Indian journal of veterinary science and animal husbandry - Volume 13,
Year: 1943
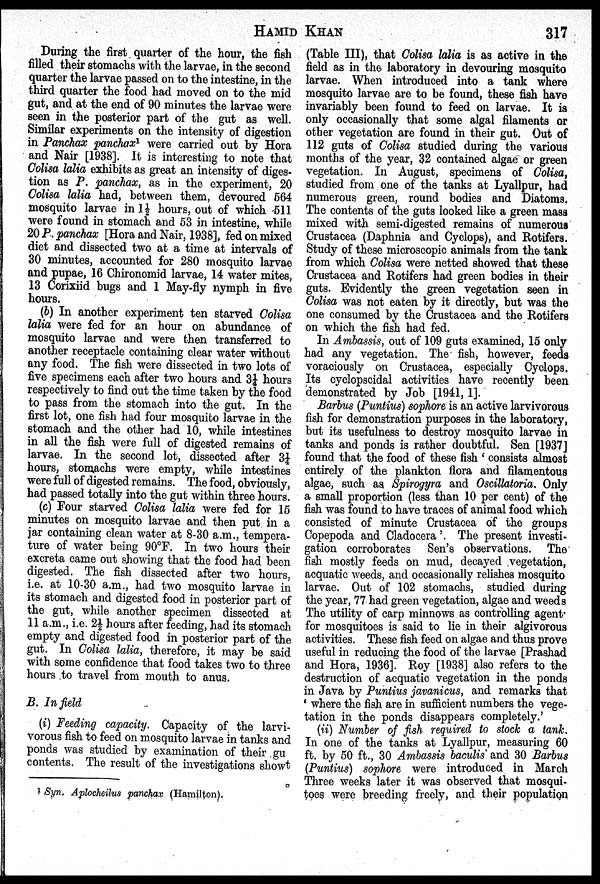
HAMID
KHAN
317
During the first quarter of the hour, the fish
filled their stomachs with the larvae, in the second
quarter the larvae passed on to the intestine, in the
third quarter the food had moved on to the mid
gut, and at the end of 90 minutes the larvae were
seen in the posterior part of the gut as well.
Similar experiments on the intensity of digestion
in Panchax panchax 1 were carried out by Hora
and Nair [1938]. It is interesting to note that
Colisa lalia exhibits as great an intensity of diges-
tion as P. panchax, as in the experiment, 20
Colisa lalia had, between them, devoured 564
mosquito larvae in 1½ hours, out of which 511
were found in stomach and 53 in intestine, while
20 P. panchax [Hora and Nair, 1938], fed on mixed
diet and dissected two at a time at intervals of
30 minutes, accounted for 280 mosquito larvae
and pupae, 16 Chironomid larvae, 14 water mites,
13 Corixiid bugs and 1 May-fly nymph in five
hours.
(b) In another experiment ten starved Colisa
lalia were fed for an hour on abundance of
mosquito larvae and were then transferred to
another receptacle containing clear water without
any food. The fish were dissected in two lots of
five specimens each after two hours and 3¼| hours
respectively to find out the time taken by the food
to pass from the stomach into the gut. In the
first lot, one fish had four mosquito larvae in the
stomach and the other had 10, while intestines
in all the fish were full of digested remains of
larvae. In the second lot, dissected after 3¼
hours, stomachs were empty, while intestines
were full of digested remains. The food, obviously,
had passed totally into the gut within three hours.
(c) Four starved Colisa lalia were fed for 15
minutes on mosquito larvae and then put in a
jar containing clean water at 8-30 a.m., tempera-
ture of water being 90ºF. In two hours their
excreta came out showing that the food had been
digested. The fish dissected after two hours,
i.e. at 10-30 a.m., had two mosquito larvae in
its stomach and digested food in posterior part of
the gut, while another specimen dissected at
11 a.m., i.e. 2½ hours after feeding, had its stomach
empty and digested food in posterior part of the
gut. In Colisa lalia, therefore, it may be said
with some confidence that food takes two to three
hours to travel from mouth to anus.
B. In field
(i) Feeding capacity. Capacity of the larvi-
vorous fish to feed on mosquito larvae in tanks and
ponds was studied by examination of their gu
contents. The result of the investigations showt
(Table III), that Colisa lalia is as active in the
field as in the laboratory in devouring mosquito
larvae. When introduced into a tank where
mosquito larvae are to be found, these fish have
invariably been found to feed on larvae. It is
only occasionally that some algal filaments or
other vegetation are found in their gut. Out of
112 guts of Colisa studied during the various
months of the year, 32 contained algae or green
vegetation. In August, specimens of Colisa,
studied from one of the tanks at Lyallpur, had
numerous green, round bodies and Diatoms.
The contents of the guts looked like a green mass
mixed with semi-digested remains of numerous
Crustacea (Daphnia and Cyclops), and Rotifers.
Study of these microscopic animals from the tank
from which Colisa were netted showed that these
Crustacea and Rotifers had green bodies in their
guts. Evidently the green vegetation seen in
Colisa was not eaten by it directly, but was the
one consumed by the Crustacea and the Rotifers
on which the fish had fed.
In Ambassis, out of 109 guts examined, 15 only
had any vegetation. The fish, however, feeds
voraciously on Crustacea, especially Cyclops.
Its cyclopscidal activities have recently been
demonstrated by Job [1941, 1].
Barbus (Puntius) sophore is an active larvivorous
fish for demonstration purposes in the laboratory,
but its usefulness to destroy mosquito larvae in
tanks and ponds is rather doubtful. Sen [1937]
found that the food of these fish 'consists almost
entirely of the plankton flora and filamentous
algae, such as Spirogyra and Oscillatoria. Only
a small proportion (less than 10 per cent) of the
fish was found to have traces of animal food which
consisted of minute Crustacea of the groups
Copepoda and Cladocera'. The present investi-
gation corroborates Sen's observations. The
fish mostly feeds on mud, decayed vegetation,
acquatic weeds, and occasionally relishes mosquito
larvae. Out of 102 stomachs, studied during
the year, 77 had green vegetation, algae and weeds
The utility of carp minnows as controlling agent
for mosquitoes is said to lie in their algivorous
activities. These fish feed on algae and thus prove
useful in reducing the food of the larvae [Prashad
and Hora, 1936]. Roy [1938] also refers to the
destruction of acquatic vegetation in the ponds
in Java by Puntius javanicus, and remarks that
'where the fish are in sufficient numbers the vege-
tation in the ponds disappears completely.'
(ii) Number of fish required to stock a tank.
In one of the tanks at Lyallpur, measuring 60
ft. by 50 ft., 30 Ambassis baculis and 30 Barbus
(Puntius) sophore were introduced in March
Three weeks later it was observed that mosqui-
toes were breeding freely, and their population
1 Syn. Aplocheilus panchax (Hamilton).